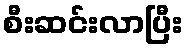
စီးဆင်းလာပြီး